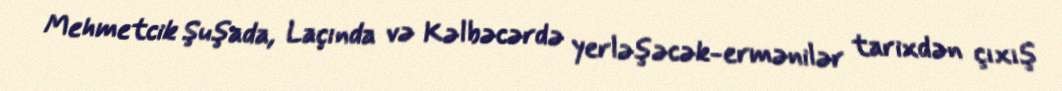
Mehmetcik Şuşada, Laçında və Kəlbəcərdə yerləşəcək-ermənilər tarixdən çıxış